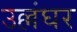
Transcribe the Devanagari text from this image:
उल्लंघर